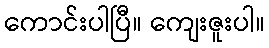
ကောင်းပါပြီ။ ကျေးဇူးပါ။